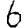
Digit: 6